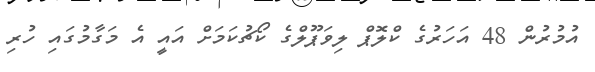
އުމުރުން 48 އަހަރުގެ ކްލޮޕް ލިވަޕޫލްގެ ކޯޗުކަމަށް އައީ އެ މަގާމުގައި ހުރި